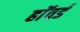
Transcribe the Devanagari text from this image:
हाॅवर्ड